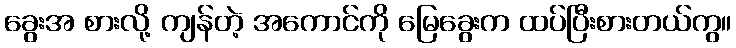
ခွေးအ စားလို့ ကျန်တဲ့ အကောင်ကို မြေခွေးက ထပ်ပြီးစားတယ်ကွ။